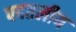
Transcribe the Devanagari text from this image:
पदतलीय